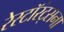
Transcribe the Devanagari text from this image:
रेस्टॉरंट्सना